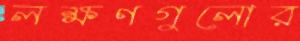
লক্ষণগুলোর